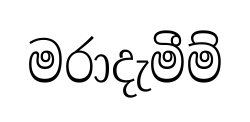
මරාදැමීම්